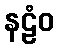
နဠံဝ